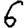
Digit: 6